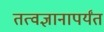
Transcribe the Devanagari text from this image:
तत्वज्ञानापर्यंत